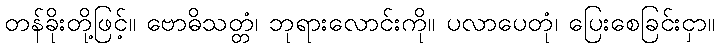
တန်ခိုးတို့ဖြင့်။ ဗောဓိသတ္တံ၊ ဘုရားလောင်းကို။ ပလာပေတုံ၊ ပြေးစေခြင်းငှာ။